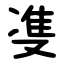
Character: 㕠